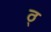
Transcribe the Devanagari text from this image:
ठ्‌